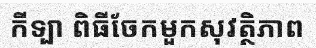
កីទ្បា ពិធីចែកមួកសុវត្ថិភាព